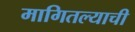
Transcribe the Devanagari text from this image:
मागितल्याची